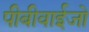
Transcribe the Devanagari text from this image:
पीबीवाईजो